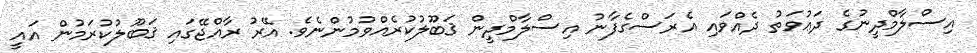
އިސްލާމްދީނުގެ ދަޢުވަތު ދެއްވައި އެރަސްގެފާނު އިސްލާމްދީން ޤަބޫލުކުރެއްވުމުންނެވެ. އޭރު ރާއްޖޭގައި ޤަބޫލުކުރަމުން އައީ